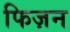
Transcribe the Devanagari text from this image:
फिज़न